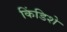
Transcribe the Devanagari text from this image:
किंडिशे